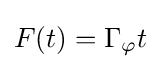
F(t)=\Gamma _{\varphi }t